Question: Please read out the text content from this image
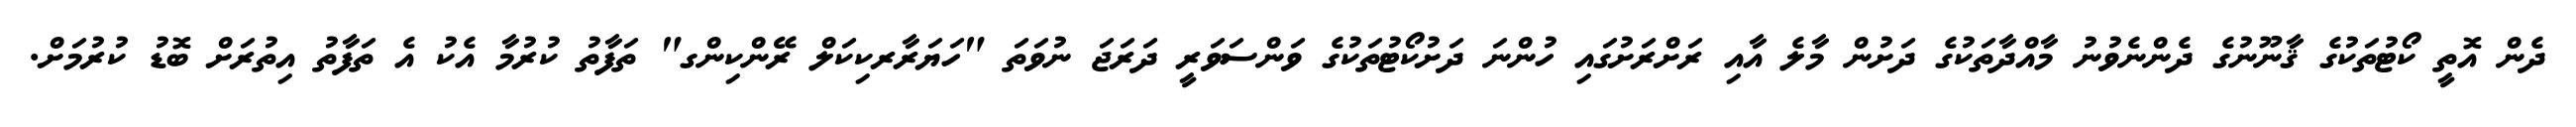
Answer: ދެން އޮތީ ކޯޓުތަކުގެ ޤާނޫނުގެ ދެންނެވުނު މާއްދާތަކުގެ ދަށުން މާލެ އާއި ރަށްރަށުގައި ހުންނަ ދަށުކޯޓުތަކުގެ ވަންސަވަރީ ދަރަޖަ ނުވަތަ "ހަޔަރާރކިކަލް ރޭންކިންގ" ތަފާތު ކުރުމާ އެކު އެ ތަފާތު އިތުރަށް ބޮޑު ކުރުމަށް.